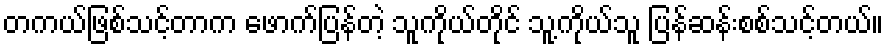
တကယ်ဖြစ်သင့်တာက ဖောက်ပြန်တဲ့ သူကိုယ်တိုင် သူ့ကိုယ်သူ ပြန်ဆန်းစစ်သင့်တယ်။